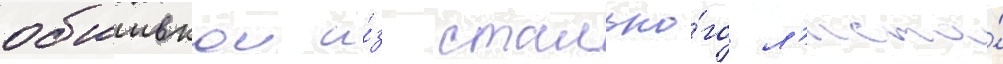
обшивкои и́з стально́го л'иста́